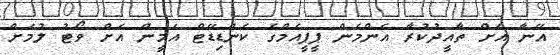
އޭނާ އަށް ތާއީދުކުރާ އެންމެން ޕީޕީއެމްގެ ކެންޑިޑޭޓް އަމީން އަށް ވޯޓު ލުމަށް